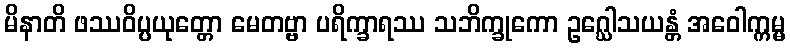
မိနာတိ ဖဿဝိပ္ပယုတ္တော မေတဗ္ဗာ ပရိက္ခာရဿ သဘိက္ခုကော ဥဂ္ဃေါသယန္တံ အဝေါက္ကမ္မ